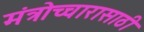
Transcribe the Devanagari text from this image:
मंत्रोच्चारासाठी